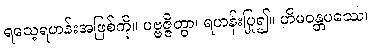
ရသေ့ရဟန်းအဖြစ်ကို။ ပဗ္ဗဇ္ဇိတွာ၊ ရဟန်းပြု၍။ ဟိမဝန္တပဿေ၊